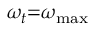
{ \omega _ { t } } \mathrm { { = } } { \omega _ { \operatorname* { m a x } } }